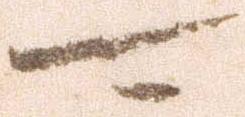
可